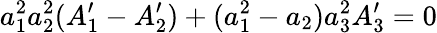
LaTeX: a_{1}^{2}a_{2}^{2}(A_{1}^{\prime}-A_{2}^{\prime})+(a_{1}^{2}-a_{2})a_{3}^{2}A_{3}^{\prime}=0